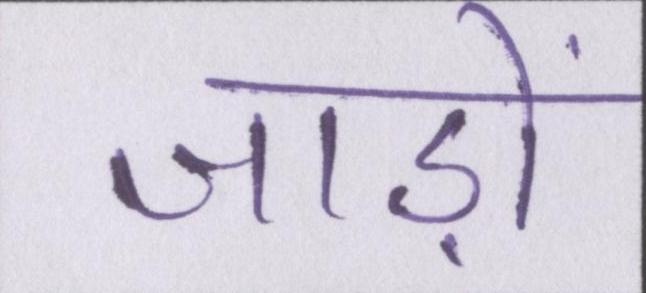
जाड़ों